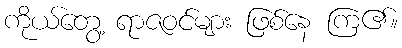
ကိုယ်တွေ့ ရာဇဝင်များ ဖြစ်နေ ကြ၏။